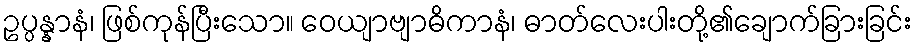
ဥပ္ပန္နာနံ၊ ဖြစ်ကုန်ပြီးသော။ ဝေယျာဗျာဓိကာနံ၊ ဓာတ်လေးပါးတို့၏ချောက်ခြားခြင်း